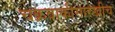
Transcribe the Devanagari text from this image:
चक्रवाकीसारखीच